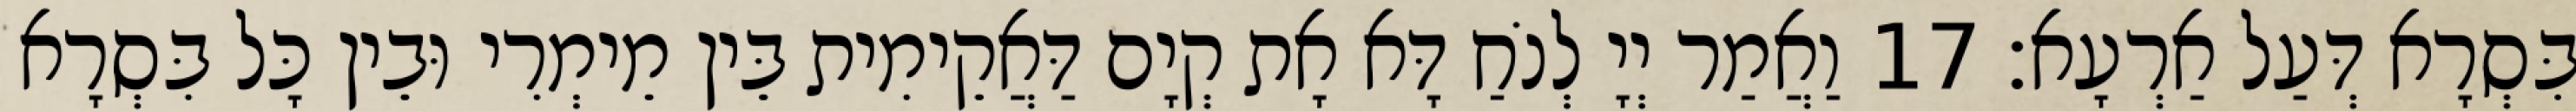
בִּסְרָא דְּעַל אַרְעָא׃ 17 וַאֲמַר יְיָ לְנֹחַ דָּא אָת קְיָם דַּאֲקֵימִית בֵּין מֵימְרִי וּבֵין כָּל בִּסְרָא